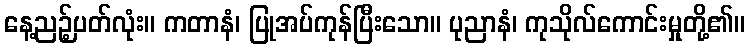
နေ့ညဉ့်ပတ်လုံး။ ကတာနံ၊ ပြုအပ်ကုန်ပြီးသော။ ပုညာနံ၊ ကုသိုလ်ကောင်းမှုတို့၏။